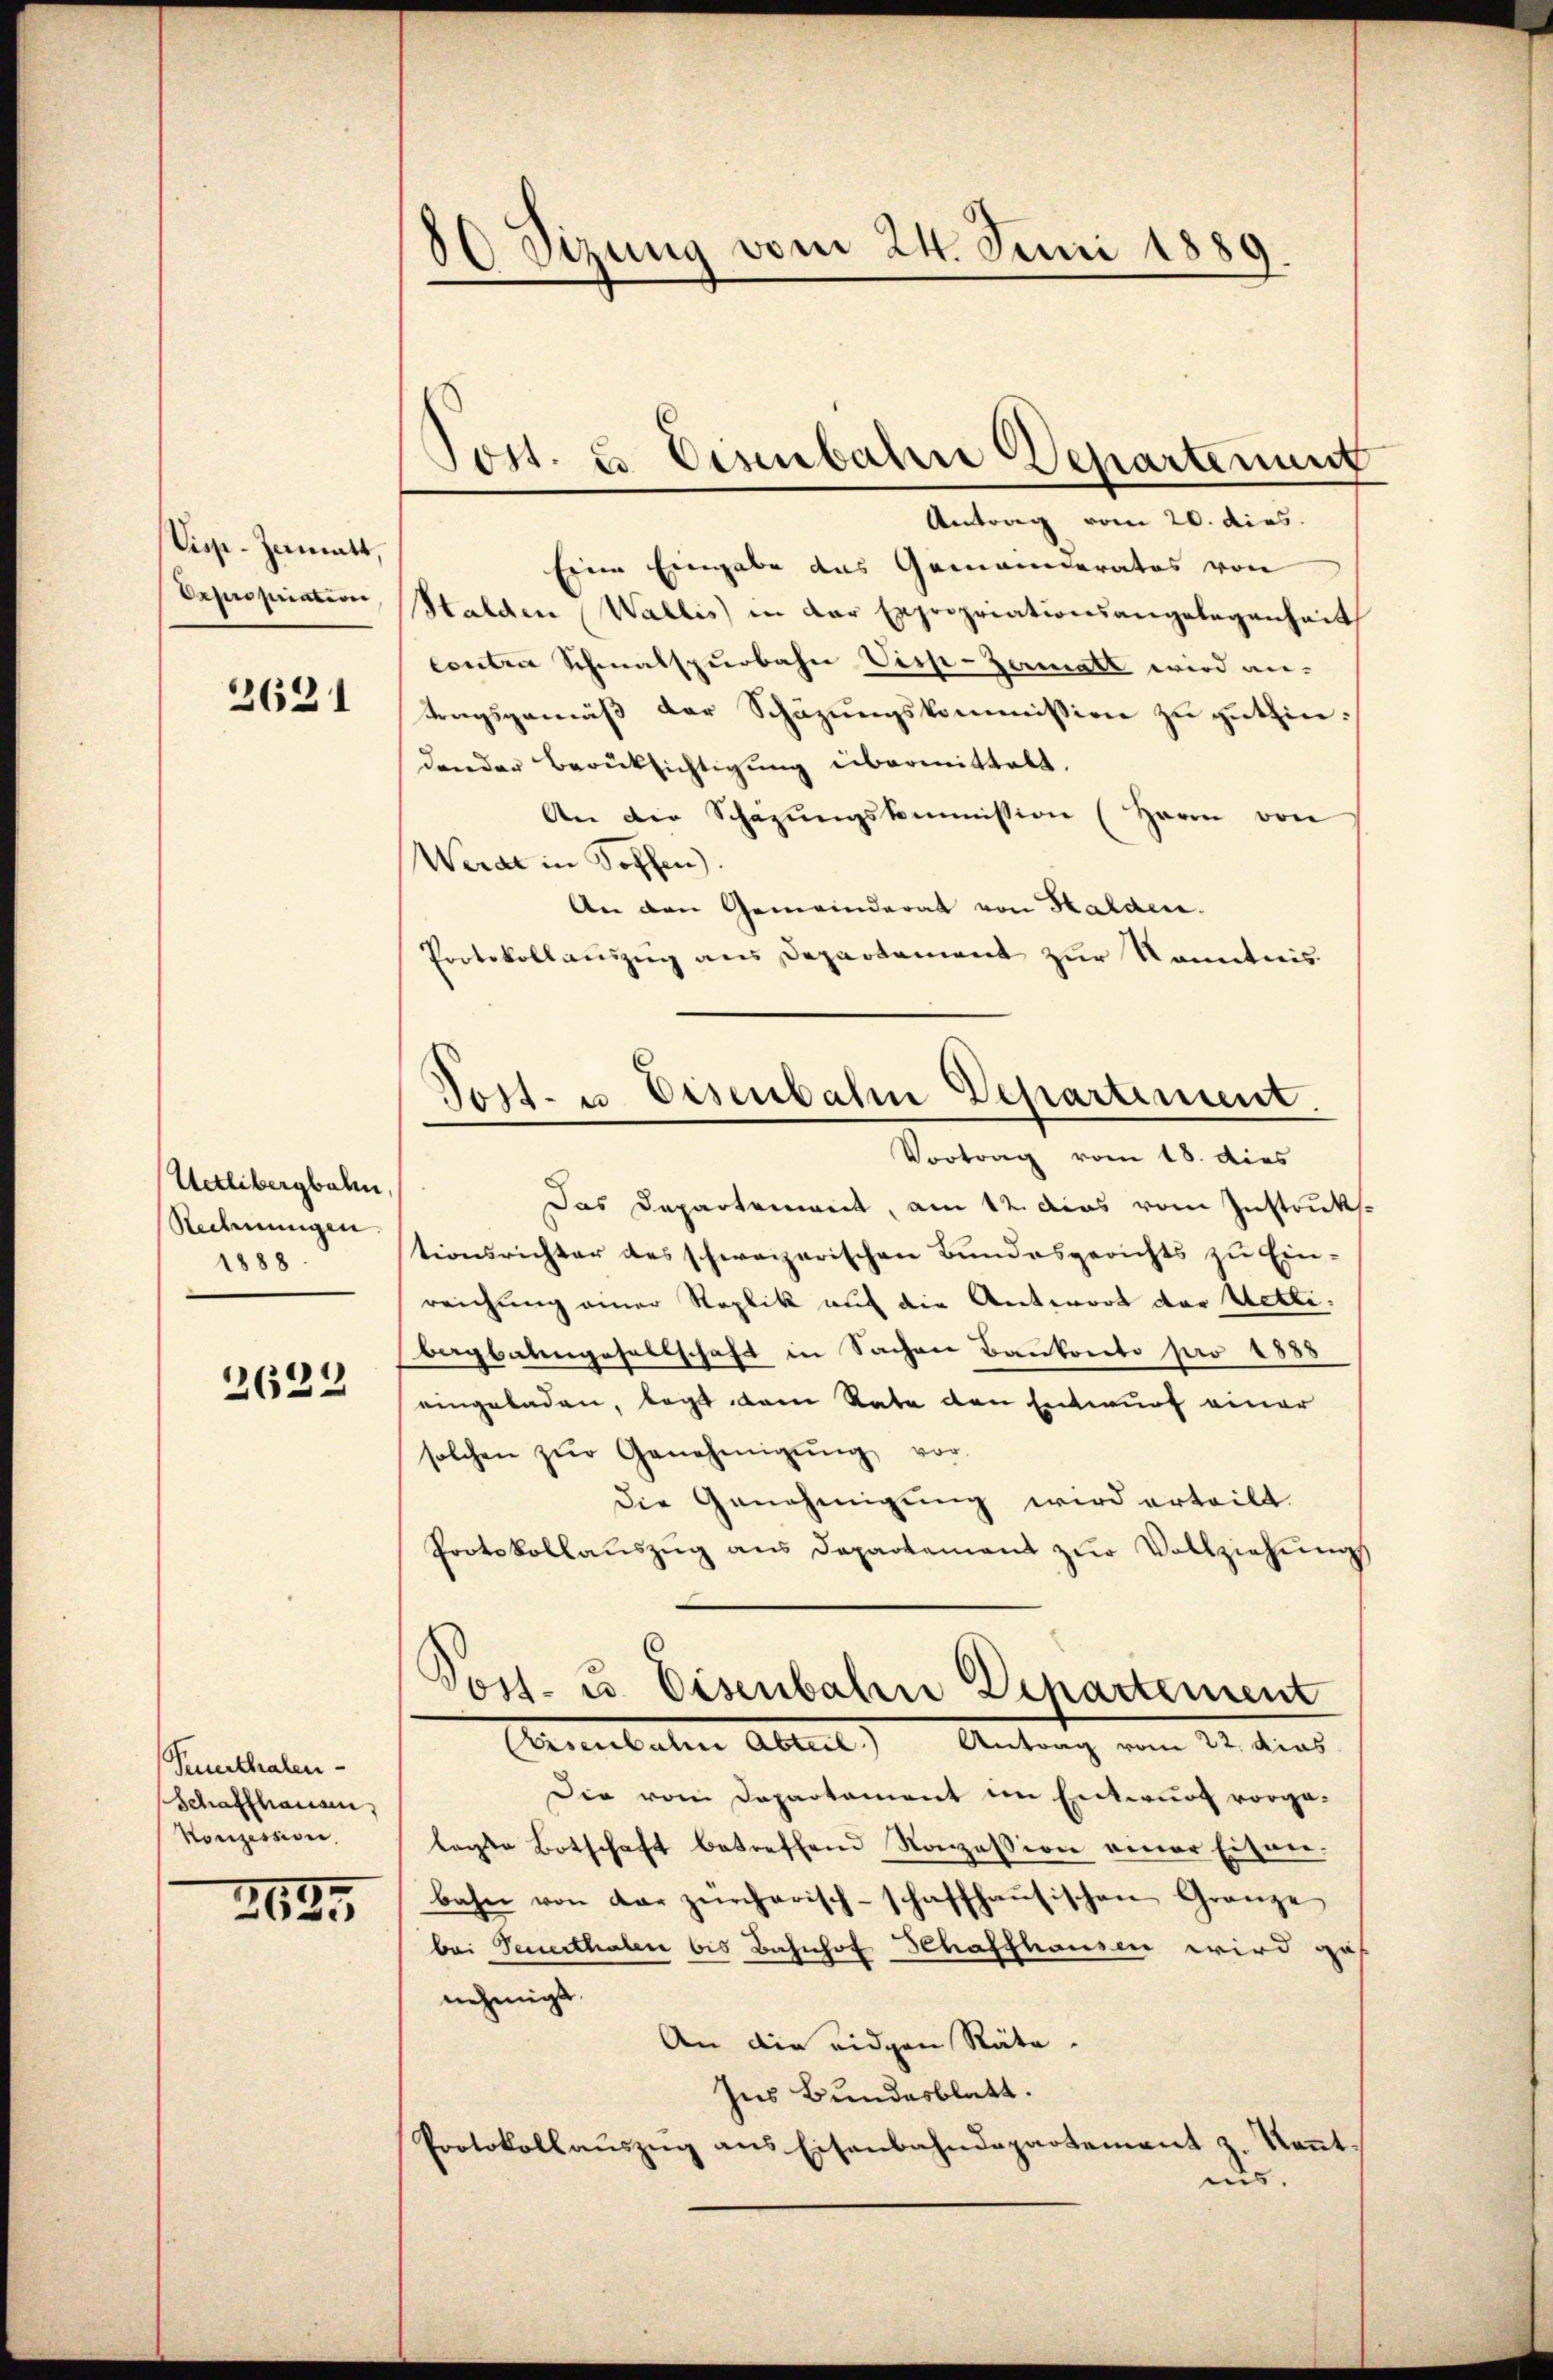
Visp-Zumatt,
Expropriation

2621

Uetlibergbahn
Rechnungen.
1888

e
21

Penthalen-
Schaffhausen,
Konzession,

2635

80 Sizung vom 24. Juni 1889

Eine Eingabe das Gemeinderates von
Halden Wallis in der Expropriationsangelegenheit
Contra Schmalspurbahn Viss-Zermatt wird an-
tragsgemäß der Schazungskommission zu gutfindender Berücksichtigung übermittelt.
An die Schazungskommission (Herrn von
Werde in Koffen)
An den Gemeinderat von Halden.
Protokollauszug aus Departement zur Kenntnis
Das Departement, am 12. das vom Instruktionsrichter des schweizerischen Bundesgerichts zu Ein-
reichung einer Replik auf die Antwort der Wetti.
begbatengesellschaft in Sachen Bankonto pro 1888
eingeladen, legt dem Rate den Entwurf einer
solchen zŭr Genehmigŭng vor-
Die Genehmigung wird erteilt.
Protokollaŭszŭg ans Departement zŭr Vollziehŭngs
Post- u. Eisenbahn Departement
Armidalen Abteil) Antrag vom 22. dies
Die vom Departament im Entwurf vorgelagte Botschaft betreffend Konzession einer Eisen-
bahn von der zürcherisch-schaffhausischen Gränze
bei Feuerthalen bis Bahnhof Schaffhausen wird ges
nehmigt
An die eidgen Räte.
Ins Bundesblatt.
Protokollaŭszŭg ans Eisenbahndepartement z. Kenntnis.

Tott. u Eisenbahre Departement
Antrag vom 20. dies

Tost- u. Eisenbahn Departiment.
Vortrag vom 18. dies